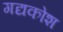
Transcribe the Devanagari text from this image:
गद्यकोश